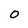
Character: O